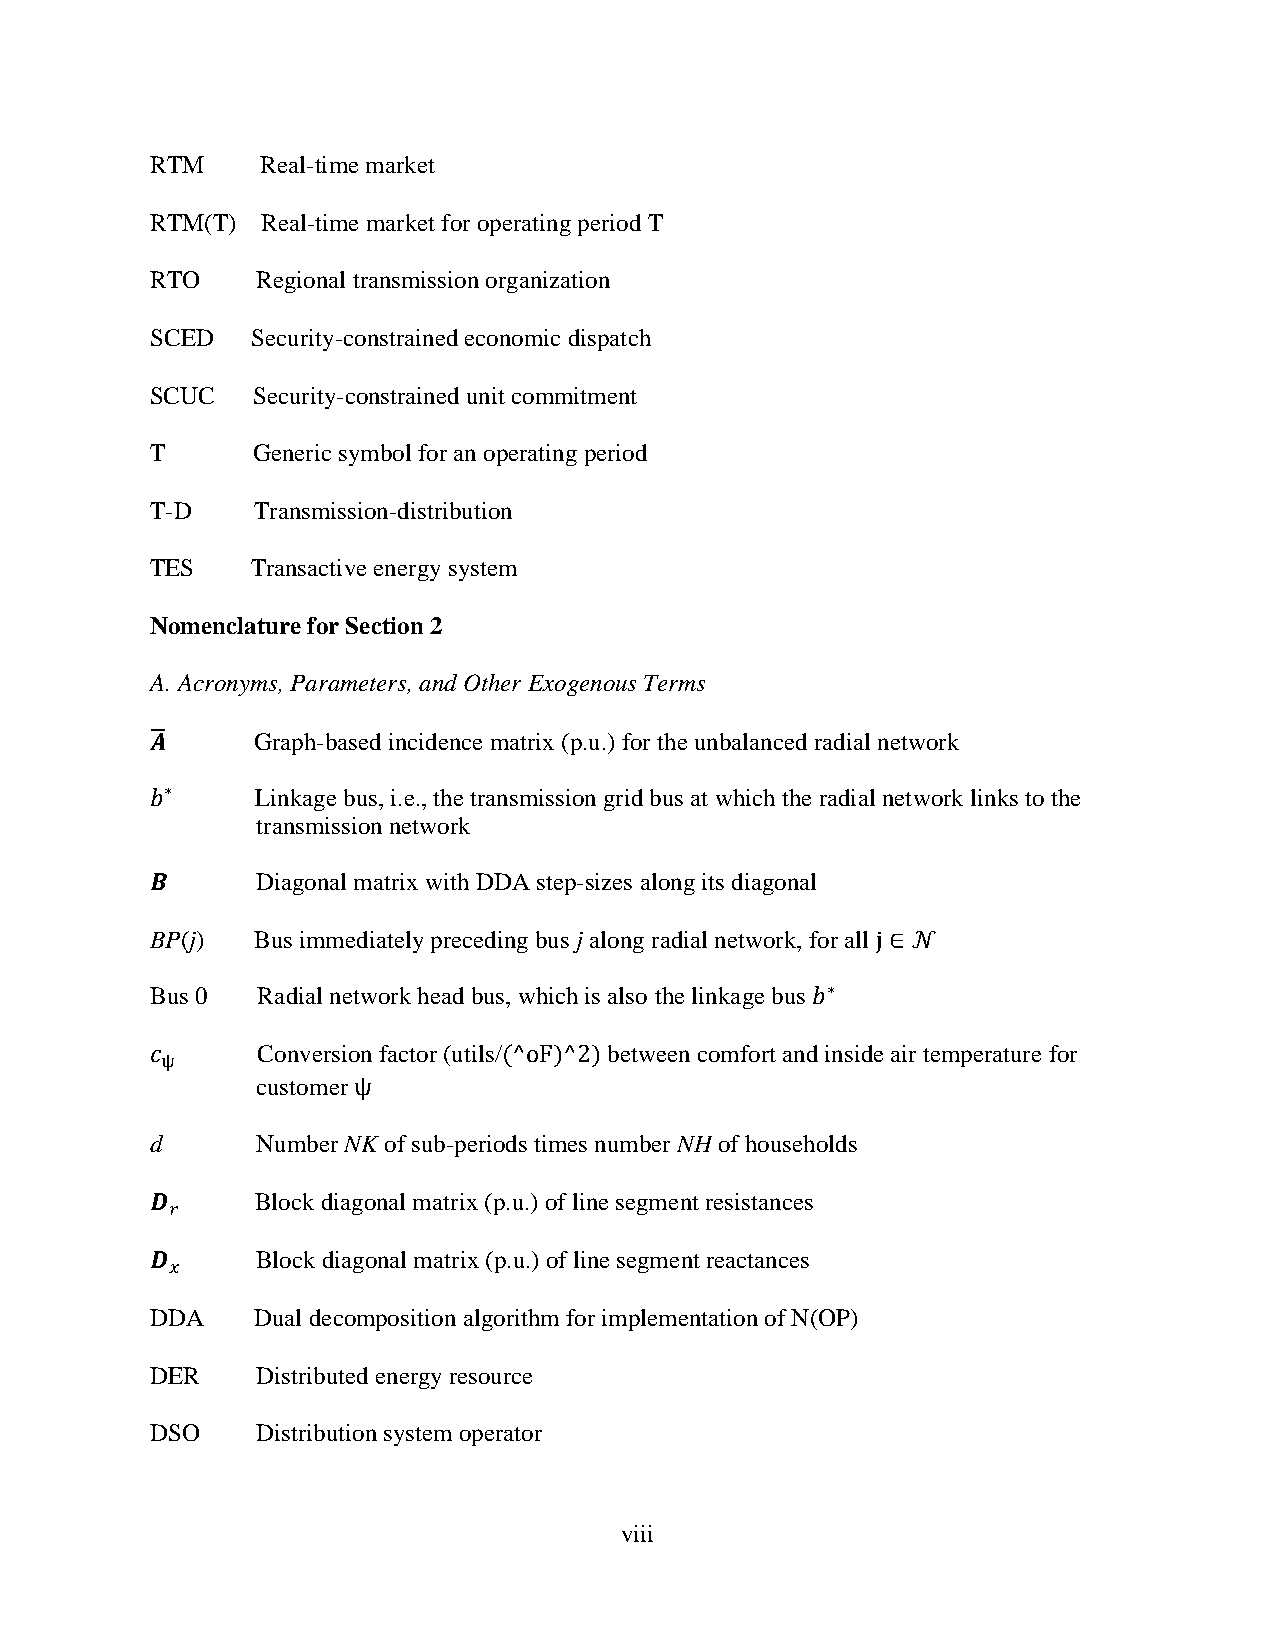
RTM    Real-time market
 RTM(T) Real-time market for operating period T
 RTO    Regional transmission organization
 SCED   Security-constrained economic dispatch
 SCUC   Security-constrained unit commitment
 T      Generic symbol for an operating period
 T-D    Transmission-distribution
 TES    Transactive energy system
 Nomenclature for Section 2
 A. Acronyms, Parameters, and Other Exogenous Terms
 𝑨̅     Graph-based incidence matrix (p.u.) for the unbalanced radial network
 𝑏∗     Linkage bus, i.e., the transmission grid bus at which the radial network links to the
 transmission network
 𝑩      Diagonal matrix with DDA step-sizes along its diagonal
 BP(j)  Bus immediately preceding bus j along radial network, for all j ∈ 𝒩
 Bus 0  Radial network head bus, which is also the linkage bus 𝑏∗
 𝑐      Conversion factor (utils/(^oF)^2) between comfort and inside air temperature for
 ψ
 customer ψ
 d      Number NK of sub-periods times number NH of households
 𝑫      Block diagonal matrix (p.u.) of line segment resistances
 𝑟
 𝑫      Block diagonal matrix (p.u.) of line segment reactances
 𝑥
 DDA    Dual decomposition algorithm for implementation of N(OP)
 DER    Distributed energy resource
 DSO    Distribution system operator
 viii